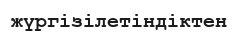
жүргізілетіндіктен